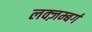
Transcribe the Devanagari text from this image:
लक्ज़म्बर्ग